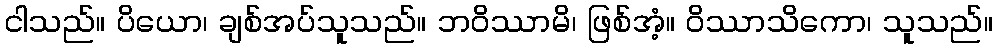
ငါသည်။ ပိယော၊ ချစ်အပ်သူသည်။ ဘဝိဿာမိ၊ ဖြစ်အံ့။ ဝိဿာသိကော၊ သူသည်။